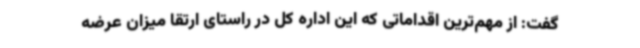
گفت: از مهم‌ترین اقداماتی که این اداره کل در راستای ارتقا میزان عرضه